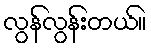
လွန်လွန်းတယ်။